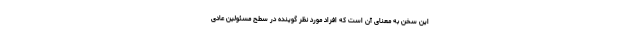
این سخن به معنای آن است که افراد مورد نظر گوینده در سطح مسئولین عادی